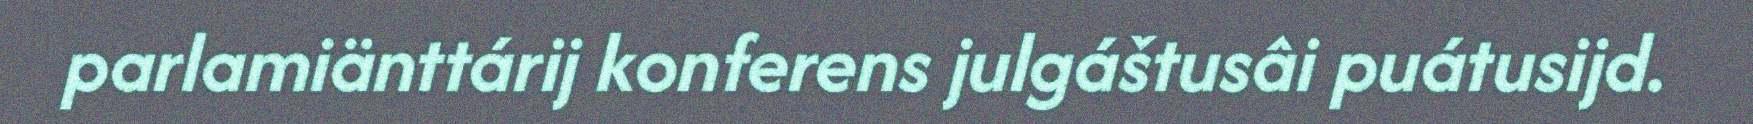
parlamiänttárij konferens julgáštusâi puátusijd.